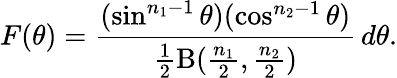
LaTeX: F(\theta)={\frac{(\sin^{n_{1}-1}\theta)(\cos^{n_{2}-1}\theta)}{{\frac{1}{2}}\mathrm{B}({\frac{n_{1}}{2}},{\frac{n_{2}}{2}})}}\, d\theta.